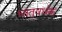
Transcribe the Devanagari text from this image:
धातुवर्धक